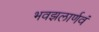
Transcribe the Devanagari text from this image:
भवझलार्णवं